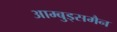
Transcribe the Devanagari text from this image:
आम्बुड्समैन